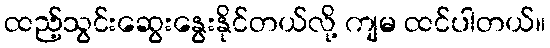
ထည့်သွင်းဆွေးနွေးနိုင်တယ်လို့ ကျမ ထင်ပါတယ်။